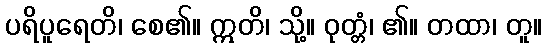
ပရိပူရေတိ၊ စေ၏။ ဣတိ၊ သို့။ ဝုတ္တံ၊ ၏။ တထာ၊ တူ။